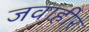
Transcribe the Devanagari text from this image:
जवाहीर